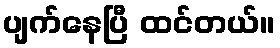
ပျက်နေပြီ ထင်တယ်။